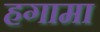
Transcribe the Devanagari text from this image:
हगामा